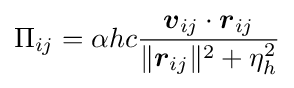
\Pi _{ij}=\alpha hc{\frac {{\boldsymbol {v}}_{ij}\cdot {\boldsymbol {r}}_{ij}}{\Vert {\boldsymbol {r}}_{ij}\Vert ^{2}+\eta _{h}^{2}}}